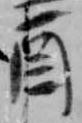
酉